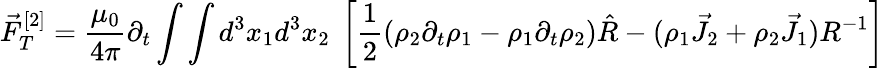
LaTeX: \vec{F}_{T}^{[2]}=\frac{\mu_{0}}{4\pi}\partial_{t}\int\int d^{3}x_{1}d^{3}x_{2}~\left[\frac{1}{2}\left(\rho_{2}\partial_{t}\rho_{1}-\rho_{1}\partial_{t}\rho_{2}\right)\hat{R}-(\rho_{1}\vec{J}_{2}+\rho_{2}\vec{J}_{1})R^{-1}\right]